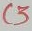
Text: C3